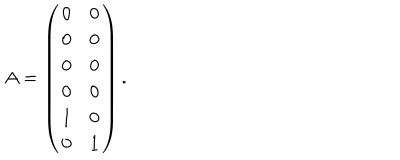
A = \left( \begin{array} { c c } { { 0 } } & { { 0 } } \\ { { 0 } } & { { 0 } } \\ { { 0 } } & { { 0 } } \\ { { 0 } } & { { 0 } } \\ { { 1 } } & { { 0 } } \\ { { 0 } } & { { 1 } } \\ \end{array} \right) .